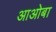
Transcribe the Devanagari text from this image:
आओबा